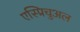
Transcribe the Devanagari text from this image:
एस्प्रिचुअल